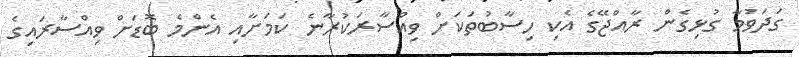
ގަދަވުމާ ގުޅިގެން ރާއްޖޭގެ އެކި ހިސާބުތަކަށް ވިއްސާރަކުރާނެ ކަމަށާއި އެންމެ ބޮޑަށް ވިއްސާރައިގެ